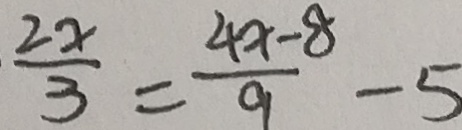
\frac { 2 x } { 3 } = \frac { 4 x - 8 } { 9 } - 5